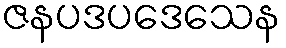
ဇနပဒပဒေသေန